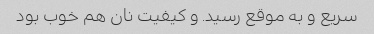
سریع و به موقع رسید. و کیفیت نان هم خوب بود